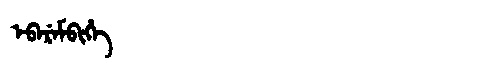
Manchu: ᡝᠪᡝᡵᡝᠮᠪᡳᡥᡝ
Romanization: EBEREMBIHE